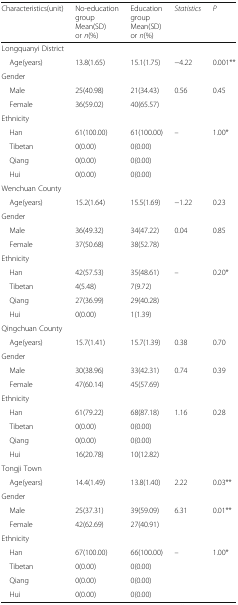
<table><thead><tr><td><b>Characteristics(unit)</b></td><td><b>No-education group Mean(SD) or <i>n</i>(%)</b></td><td><b>Education group Mean(SD) or <i>n</i>(%)</b></td><td><b><i>Statistics</i></b></td><td><b><i>P</i></b></td></tr></thead><tbody><tr><td colspan="5">Longquanyi District</td></tr><tr><td> Age(years)</td><td>13.8(1.65)</td><td>15.1(1.75)</td><td>−4.22</td><td>0.001**</td></tr><tr><td colspan="5">Gender</td></tr><tr><td> Male</td><td>25(40.98)</td><td>21(34.43)</td><td rowspan="2">0.56</td><td rowspan="2">0.45</td></tr><tr><td> Female</td><td>36(59.02)</td><td>40(65.57)</td></tr><tr><td colspan="5">Ethnicity</td></tr><tr><td> Han</td><td>61(100.00)</td><td>61(100.00)</td><td rowspan="4">–</td><td rowspan="4">1.00*</td></tr><tr><td> Tibetan</td><td>0(0.00)</td><td>0(0.00)</td></tr><tr><td> Qiang</td><td>0(0.00)</td><td>0(0.00)</td></tr><tr><td> Hui</td><td>0(0.00)</td><td>0(0.00)</td></tr><tr><td colspan="5">Wenchuan County</td></tr><tr><td> Age(years)</td><td>15.2(1.64)</td><td>15.5(1.69)</td><td>−1.22</td><td>0.23</td></tr><tr><td colspan="5">Gender</td></tr><tr><td> Male</td><td>36(49.32)</td><td>34(47.22)</td><td rowspan="2">0.04</td><td rowspan="2">0.85</td></tr><tr><td> Female</td><td>37(50.68)</td><td>38(52.78)</td></tr><tr><td colspan="5">Ethnicity</td></tr><tr><td> Han</td><td>42(57.53)</td><td>35(48.61)</td><td rowspan="4">–</td><td rowspan="4">0.20*</td></tr><tr><td> Tibetan</td><td>4(5.48)</td><td>7(9.72)</td></tr><tr><td> Qiang</td><td>27(36.99)</td><td>29(40.28)</td></tr><tr><td> Hui</td><td>0(0.00)</td><td>1(1.39)</td></tr><tr><td colspan="5">Qingchuan County</td></tr><tr><td> Age(years)</td><td>15.7(1.41)</td><td>15.7(1.39)</td><td>0.38</td><td>0.70</td></tr><tr><td colspan="5">Gender</td></tr><tr><td> Male</td><td>30(38.96)</td><td>33(42.31)</td><td rowspan="2">0.74</td><td rowspan="2">0.39</td></tr><tr><td> Female</td><td>47(60.14)</td><td>45(57.69)</td></tr><tr><td colspan="5">Ethnicity</td></tr><tr><td> Han</td><td>61(79.22)</td><td>68(87.18)</td><td rowspan="4">1.16</td><td rowspan="4">0.28</td></tr><tr><td> Tibetan</td><td>0(0.00)</td><td>0(0.00)</td></tr><tr><td> Qiang</td><td>0(0.00)</td><td>0(0.00)</td></tr><tr><td> Hui</td><td>16(20.78)</td><td>10(12.82)</td></tr><tr><td colspan="5">Tongji Town</td></tr><tr><td> Age(years)</td><td>14.4(1.49)</td><td>13.8(1.40)</td><td>2.22</td><td>0.03**</td></tr><tr><td colspan="5">Gender</td></tr><tr><td> Male</td><td>25(37.31)</td><td>39(59.09)</td><td rowspan="2">6.31</td><td rowspan="2">0.01**</td></tr><tr><td> Female</td><td>42(62.69)</td><td>27(40.91)</td></tr><tr><td colspan="5">Ethnicity</td></tr><tr><td> Han</td><td>67(100.00)</td><td>66(100.00)</td><td rowspan="4">–</td><td rowspan="4">1.00*</td></tr><tr><td> Tibetan</td><td>0(0.00)</td><td>0(0.00)</td></tr><tr><td> Qiang</td><td>0(0.00)</td><td>0(0.00)</td></tr><tr><td> Hui</td><td>0(0.00)</td><td>0(0.00)</td></tr></tbody></table>